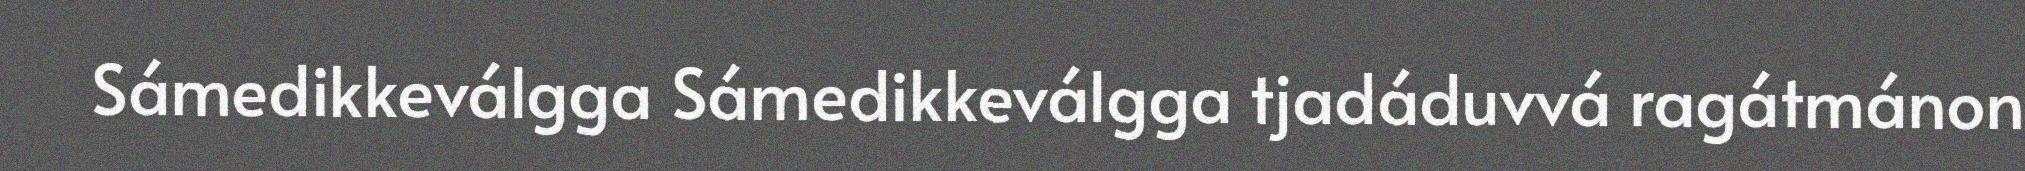
Sámedikkeválgga Sámedikkeválgga tjadáduvvá ragátmánon